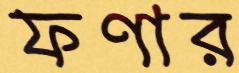
ফণার